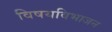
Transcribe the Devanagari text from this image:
विषयविभाजन